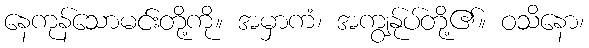
နေကုန်သောမင်းတို့ကို။ အမှာကံ၊ အကျွန်ုပ်တို့၏။ ဝသိနော၊